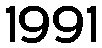
1991